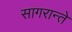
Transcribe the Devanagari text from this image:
सागरान्ते